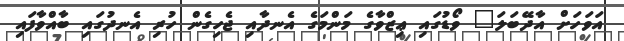
އަވަހަށް އާދޭބަލަ" ވޯޑުގައި ޢިޒްވާގެ މަންމަގެ އެނދާއި ޖެހިގެން ހުރި އެނދުގައި ބާއްވާފައި